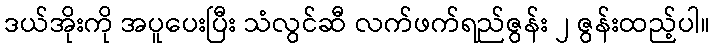
ဒယ်အိုးကို အပူပေးပြီး သံလွင်ဆီ လက်ဖက်ရည်ဇွန်း ၂ ဇွန်းထည့်ပါ။